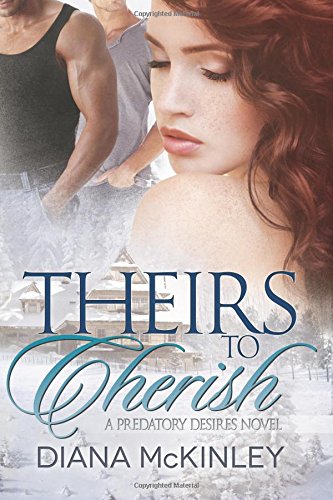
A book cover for Theirs To Cherish (Predatory Desires) (Volume 2); Diana McKinley; Romance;